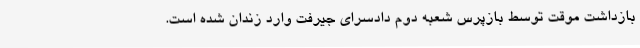
بازداشت موقت توسط بازپرس شعبه دوم دادسرای جیرفت وارد زندان شده است.